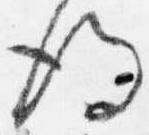
後